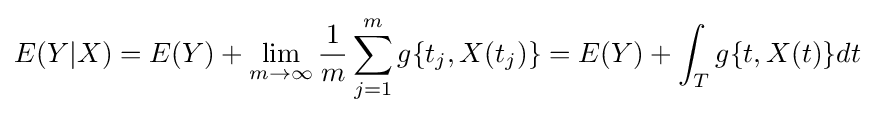
E(Y|X)=E(Y)+\lim _{m\to \infty }{\frac {1}{m}}\sum _{j=1}^{m}g\{t_{j},X(t_{j})\}=E(Y)+\int _{T}g\{t,X(t)\}dt